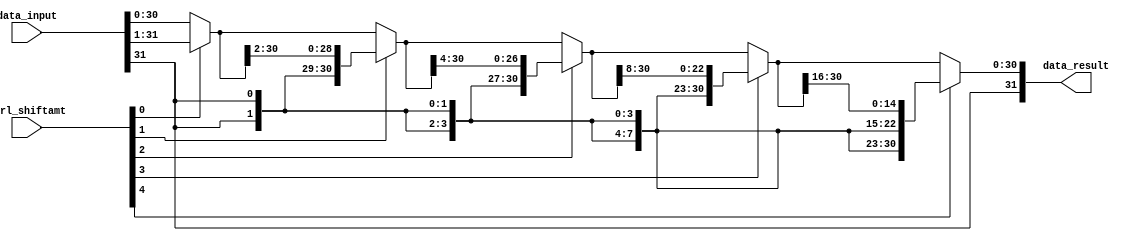
module arithmetic_right_shift(data_input, ctrl_shiftamt, data_result);
	
	input[31:0] data_input;
	input[4:0] ctrl_shiftamt;
	
	output[31:0] data_result;
	
	wire[31:0] shift_1, shift_2, shift_3, shift_4;
	
	assign shift_1 = ctrl_shiftamt[0] ? {data_input[31], data_input[31:1]} : data_input;
	assign shift_2 = ctrl_shiftamt[1] ? {{2{data_input[31]}}, shift_1[31:2]} : shift_1;
	assign shift_3 = ctrl_shiftamt[2] ? {{4{data_input[31]}}, shift_2[31:4]} : shift_2;
	assign shift_4 = ctrl_shiftamt[3] ? {{8{data_input[31]}}, shift_3[31:8]} : shift_3;
	assign data_result = ctrl_shiftamt[4] ? {{16{data_input[31]}}, shift_4[31:16]} : shift_4;
		
endmodule